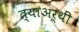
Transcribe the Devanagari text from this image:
त्याअर्थीं